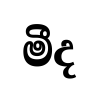
මීද